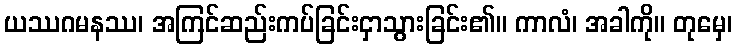
ယဿဂမနဿ၊ အကြင်ဆည်းကပ်ခြင်းငှာသွားခြင်း၏။ ကာလံ၊ အခါကို။ တုမှေ၊